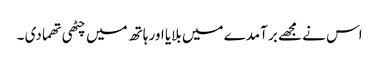
اس نے مجھے بر آمدے میں بلایا اور ہاتھ میں چٹھی تھما دی ۔